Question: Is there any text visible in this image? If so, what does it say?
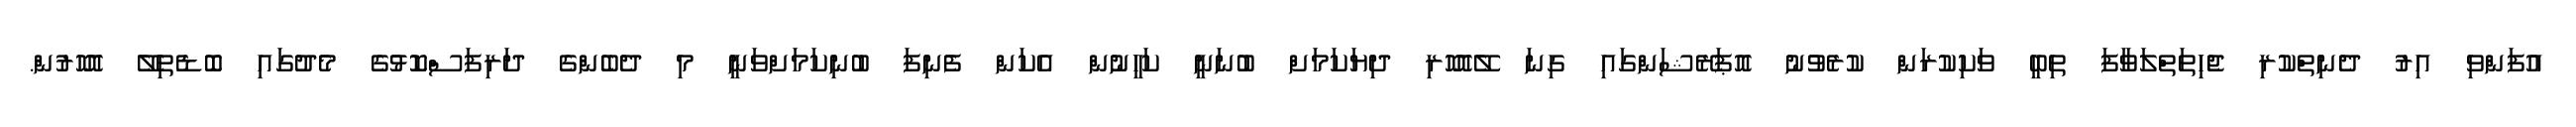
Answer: އުފަންވި އިރު ދެނިތްކުރި ޖެހިތަތްލަވާފަ ތިބީ ވަކިކުރަން ކުރެވުނު އޮޕަރޭޝަންގައި ގިނަ ލޭއޮހޮރި ދިޔަކަމަށް ބުނަނީ ކަހީނުން އެކަން ފެނިފަ ބުނިކަމަށްވަނީ މި ދެބެންގެ ދަރިފަސްކޮޅުގެ މެދުގައި ބޮޑެތިލޭ އޮހޮރުން.